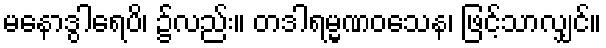
မနောဒွါရေပိ၊ ၌လည်း။ တဒါရမ္မဏဝသေန၊ ဖြင့်သာလျှင်။